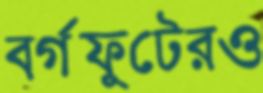
বর্গফুটেরও